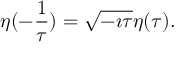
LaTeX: \eta ( - \frac 1 \tau ) = \sqrt { - \imath \tau } \eta ( \tau ) .